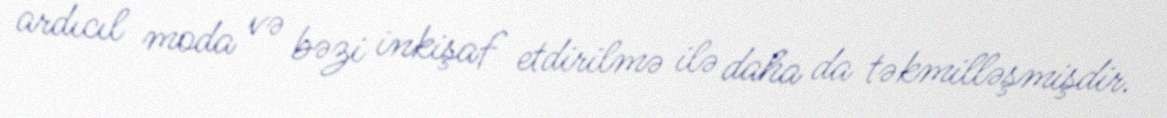
ardıcıl moda və bəzi inkişaf etdirilmə ilə daha da təkmilləşmişdir.